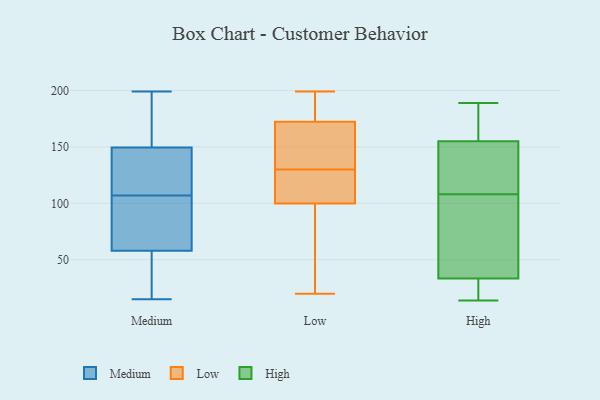
{"axis": {"x": "Customer Acquisition Cost (USD)", "y": "Value"}, "legend": ["High", "Low", "Medium"], "data": [{"x": "", "y": 199, "type": "Medium"}, {"x": "", "y": 196, "type": "Medium"}, {"x": "", "y": 112, "type": "Medium"}, {"x": "", "y": 103, "type": "Medium"}, {"x": "", "y": 94, "type": "Medium"}, {"x": "", "y": 171, "type": "Medium"}, {"x": "", "y": 111, "type": "Medium"}, {"x": "", "y": 54, "type": "Medium"}, {"x": "", "y": 116, "type": "Medium"}, {"x": "", "y": 56, "type": "Medium"}, {"x": "", "y": 66, "type": "Medium"}, {"x": "", "y": 60, "type": "Medium"}, {"x": "", "y": 161, "type": "Medium"}, {"x": "", "y": 22, "type": "Medium"}, {"x": "", "y": 15, "type": "Medium"}, {"x": "", "y": 138, "type": "Medium"}, {"x": "", "y": 191, "type": "Low"}, {"x": "", "y": 158, "type": "Low"}, {"x": "", "y": 36, "type": "Low"}, {"x": "", "y": 185, "type": "Low"}, {"x": "", "y": 135, "type": "Low"}, {"x": "", "y": 130, "type": "Low"}, {"x": "", "y": 105, "type": "Low"}, {"x": "", "y": 168, "type": "Low"}, {"x": "", "y": 84, "type": "Low"}, {"x": "", "y": 45, "type": "Low"}, {"x": "", "y": 20, "type": "Low"}, {"x": "", "y": 186, "type": "Low"}, {"x": "", "y": 136, "type": "Low"}, {"x": "", "y": 107, "type": "Low"}, {"x": "", "y": 122, "type": "Low"}, {"x": "", "y": 109, "type": "Low"}, {"x": "", "y": 199, "type": "Low"}, {"x": "", "y": 36, "type": "High"}, {"x": "", "y": 157, "type": "High"}, {"x": "", "y": 32, "type": "High"}, {"x": "", "y": 145, "type": "High"}, {"x": "", "y": 189, "type": "High"}, {"x": "", "y": 108, "type": "High"}, {"x": "", "y": 111, "type": "High"}, {"x": "", "y": 153, "type": "High"}, {"x": "", "y": 14, "type": "High"}, {"x": "", "y": 46, "type": "High"}, {"x": "", "y": 178, "type": "High"}, {"x": "", "y": 24, "type": "High"}, {"x": "", "y": 183, "type": "High"}, {"x": "", "y": 159, "type": "High"}, {"x": "", "y": 24, "type": "High"}, {"x": "", "y": 75, "type": "High"}, {"x": "", "y": 108, "type": "High"}, {"x": "", "y": 25, "type": "High"}, {"x": "", "y": 35, "type": "High"}, {"x": "", "y": 139, "type": "High"}]}